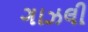
ગાઝલી